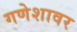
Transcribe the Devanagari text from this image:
गणेशावर